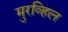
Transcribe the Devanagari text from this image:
मुरव्हिल